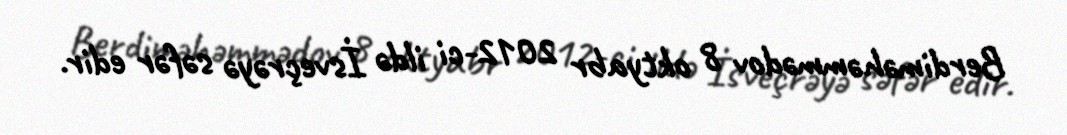
Berdiməhəmmədov 8 oktyabr 2012-ci ildə İsveçrəyə səfər edir.